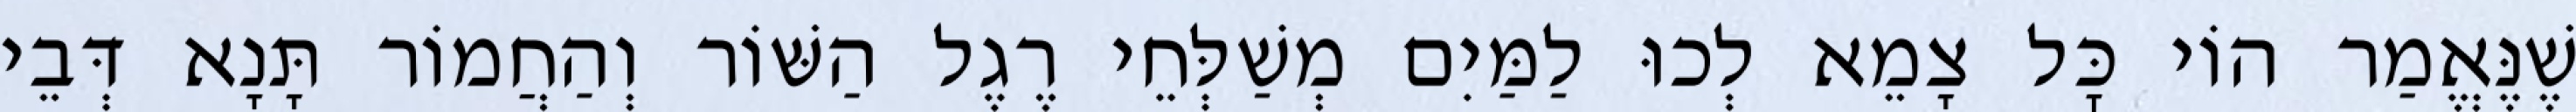
שֶׁנֶּאֱמַר הוֹי כׇּל צָמֵא לְכוּ לַמַּיִם מְשַׁלְּחֵי רֶגֶל הַשּׁוֹר וְהַחֲמוֹר תָּנָא דְּבֵי